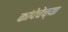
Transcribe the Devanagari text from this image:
कांपेचेच्या